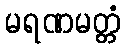
မရဏမတ္တံ